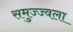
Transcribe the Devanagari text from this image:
समुज्ज्वला